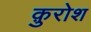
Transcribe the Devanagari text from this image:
क़ुरोश